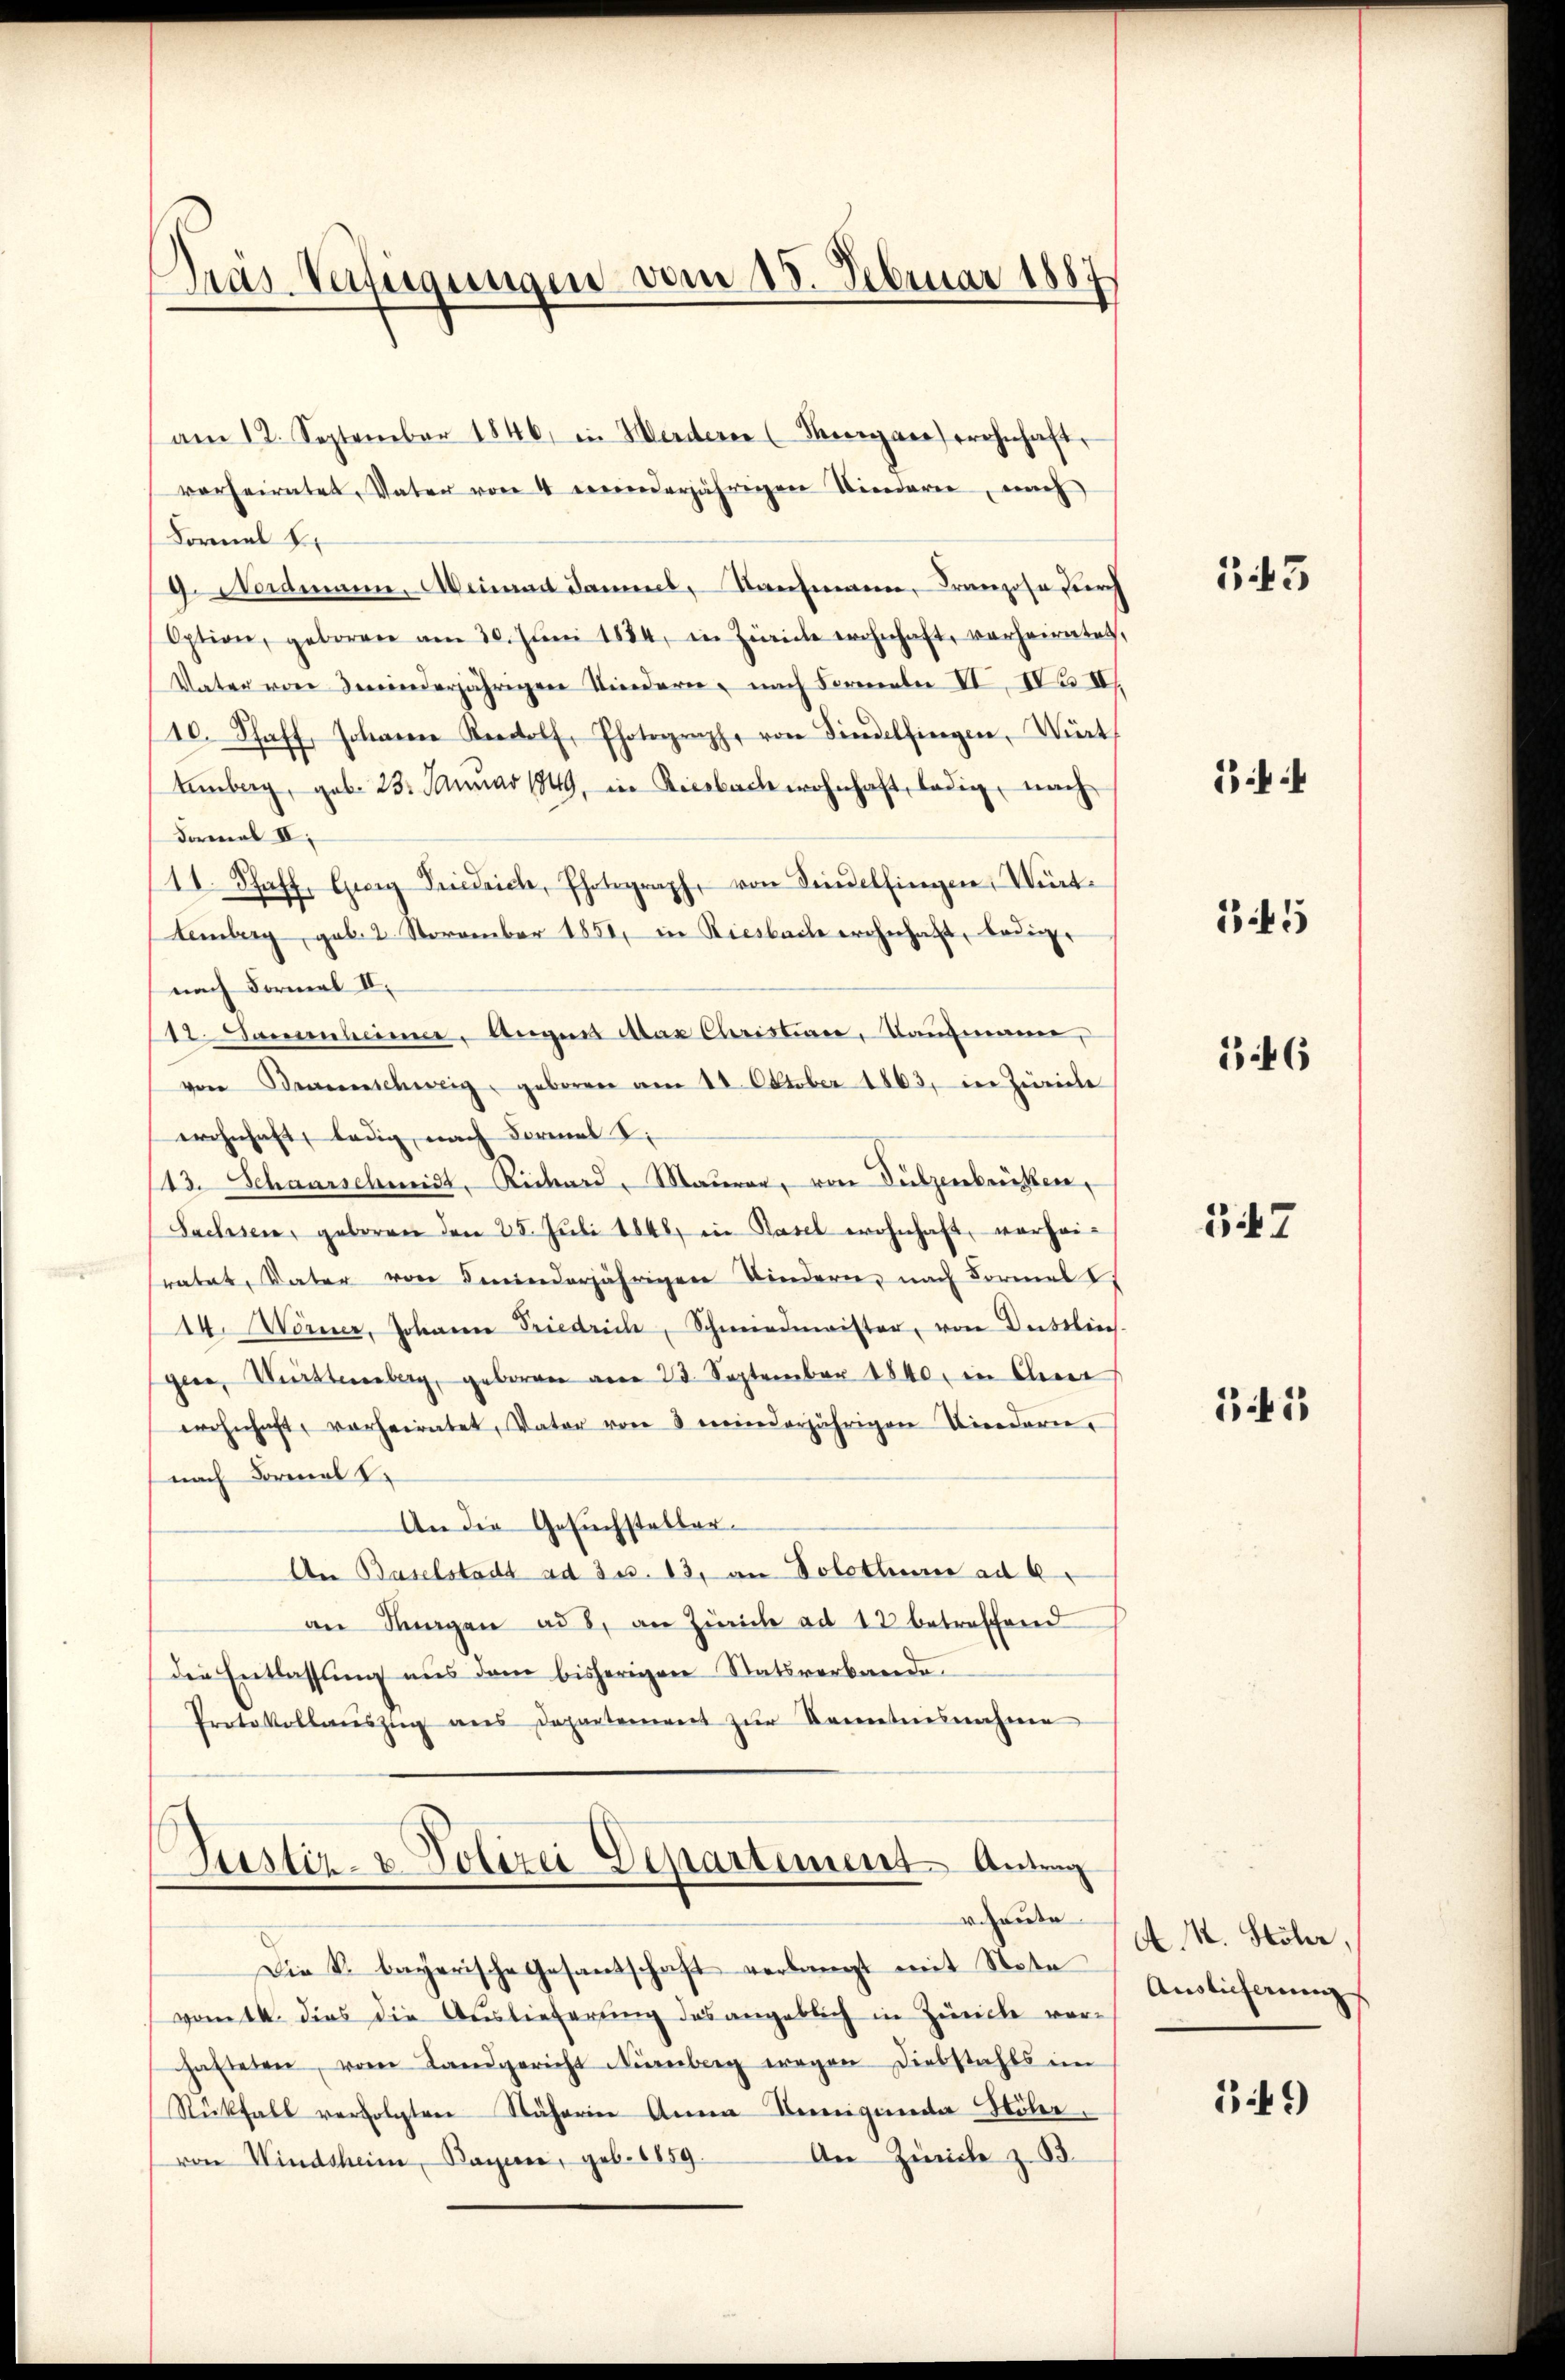
Dras Verfügungen vom 18. Februar 1887

am 12. September 1846, in Herdern (Margare wohnhaft,
vorheiratet, Vater von 4 ereinderjährigen Niederer, nach
Formel 8.
9. Nordmann. Weimat damins, Kaufmann, Franzose durch
Option, geboren am 30. Juni 1884, in Zürich wohnhaft, verheiratet,
Vater von deinderjährigen Kindern, nach Formeln II. Da IV
10. Schaff, Johanne Radolf, Photograph, von Findelfingen, Wirt
Unberg, geb. 23. Januar 1849, in Riesbach wohnhaft, ledig, nach
Damal II.
11. Schaff, Georg Friedrich, Photograph, von Sindelfingen, Würt¬
Lemberg, geb. 2. November 1851, in Riesbache wohnhaft, baue
nach Formal II.
12. Sammlinne. Augen das Christian, Tanzmann,
von Beschweig geboren am 18. Oktober 1863, in Zürich
wohnhaft, ledig, nach Formal S.
13. Schaarschmidt, Richard, Maurer, von Sulzenbrüsten,
Sachsen, geboren den 25. Juli 1848 in Basel wohnhaft, vorhei-
ratet, Vater von Kinderjährigen Kindern, nach Formel I
14. Wörner, Johann Friedrich, Schmiedmeister, von Düstlich.
gee, Württemberg, geboren am 23. September 1840, in Ober
wohnhaft, vorheiratet, Vater von 8 minderjährigen Kindern,
nach Formal V
An die Gesuchsteller¬
An Baselstadt ad 3 u. 13. an Solothur ad 2.
an Fragen ad 8. an Zürich ad 13 betreffend
die Entlassung aus dem bisherigen Statsverbande,
Protokollaŭszŭg ans Departement zŭr Kenntnisnahme

Justiz- & Polizei Departement Antrag
r. heute

Die k. bayerische Gesandschaft verlangt mit Nota
vom 14. dies die Auslieferung des angeblich in Zürich ver-
hafteten, vom Landgericht Nienberg wegen Diebstahls im
Rückfall verfolgten Näherin Anna Bennigende Höler.
von Windsheim, Bayerne, geb. 1859. An Zürche z. B.

343

i

35

146

37

31

A. M. Stöhr,
Auslicherung

549)